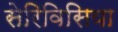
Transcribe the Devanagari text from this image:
सेरिविसिया